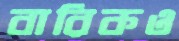
বারিকও